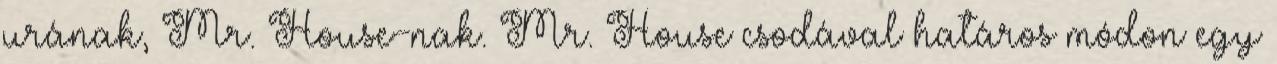
urának, Mr. House-nak. Mr. House csodával határos módon egy